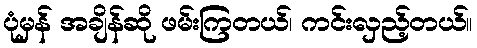
ပုံမှန် အချိန်ဆို ဖမ်းကြတယ်၊ ကင်းလှည့်တယ်။